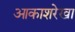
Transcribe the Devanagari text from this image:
आकाशरेखा